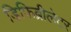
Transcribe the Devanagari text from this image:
डिफिब्रीलेटर